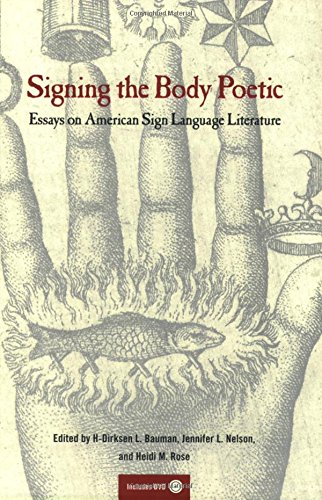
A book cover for Signing the Body Poetic: Essays on American Sign Language Literature; Reference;